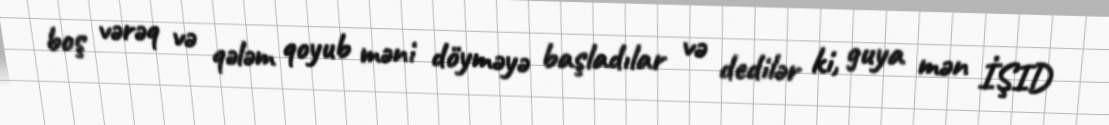
boş vərəq və qələm qoyub məni döyməyə başladılar və dedilər ki, guya mən İŞID